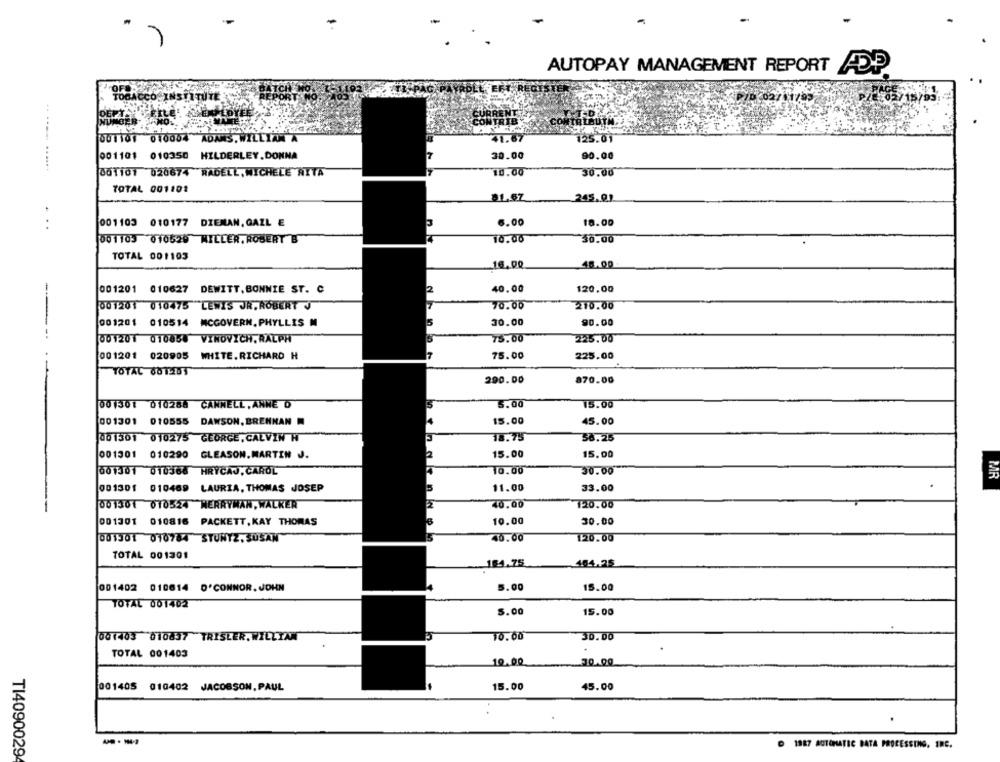
AUTOPAY MANAGEMENT REPORT ADP
TOBACCO. INSTITUT
001101 010004 ADANS.WILLIAM A
125.01
001101 010350 HILDERLEY.DONNA
30.00
90.00
001101 020874 RADELL, MICHELE NITA
10.00
30.00
TOTAL 001101
81.67
245.01
001103 010177 DIEMAN, GAZL E
6.00
18.00
...
001103 010529 MILLER. ROBERT B
10.00
30.00
TOTAL 001103
16.00
48.00
001201 010627 DEWITT,BONNIE ST. C
40.00
120.00
001201 010475 LEWIS JR.ROBERT J
70.00
210.00
001201 010514 MCGOVERN. PHYLLIS M
30.00
90.00
001201 010858 VINOVICH, RALPH
75.00
225.00
001201 020905 WHITE.RICHARD H
75.00
225.00
TOTAL 601.201
290.00
870.00
001301 010288 CANNELL, ANNE O
5.00
15.00
15.00
001301 010555 DAWSON, BRENNAN
45.00
001301 010275 GEORGE, CALVIN H
18.75
56.25
001301 010290 GLEASON.MARTIN J.
15.00
15.00
001301 010368 HRÝCAJ, CAROL
10.00
30.00
MR
001301 010469 LAURIA, THOMAS JOSEP
11.00
33.00
40.00
120.00
001301 010524 MERRYMAN, WALKER
001301 010816 PACKETT,KAY THOMAS
10.00
30.00
001301 010784 STUNTZ.SUSAN
40.00
120.00
TOTAL 001301
184.75
404.25
5.00
15.00
001402 010614 O'CONNOR.JOHN
TOTAL 001402
5.00
15.00
001403 010837 TRISLER. WILLIAM
10.00
30.00
TOTAL 001403
10.00
30.00
001405 010402 JACOBSON. PAUL
15.00
45.00
---
O 1987 AUTOMATIC DATA PROCESSING, INC.
T14090029